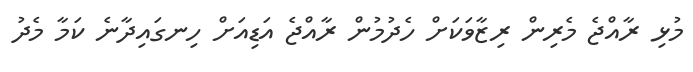
މުޅި ރާއްޖެ މެރިން ރިޒާވަކަށް ހެދުމުން ރާއްޖެ އަޑިއަށް ހިނގައިދާނެ ކަމާ މެދު